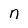
Character: n